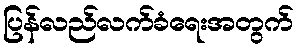
ပြန်လည်လက်ခံရေးအတွက်